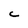
Character: C